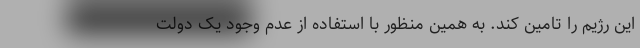
این رژیم را تامین کند. به همین منظور با استفاده از عدم وجود یک دولت